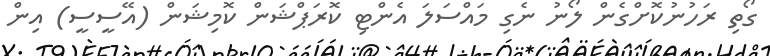
ގޯތި ރަހުނުކޮށްގެން ލޯނު ނެގި މައްސަލަ އެންޓި ކޮރަޕްޝަން ކޮމިޝަން (އޭސީސީ) އިން